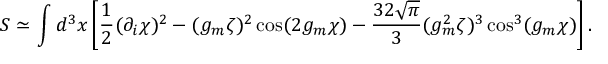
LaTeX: S \simeq \int d ^ { 3 } x \left[ \frac 1 2 ( \partial _ { i } \chi ) ^ { 2 } - ( g _ { m } \zeta ) ^ { 2 } \cos ( 2 g _ { m } \chi ) - \frac { 3 2 \sqrt { \pi } } { 3 } ( g _ { m } ^ { 2 } \zeta ) ^ { 3 } \cos ^ { 3 } ( g _ { m } \chi ) \right] .